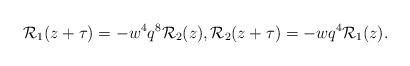
LaTeX: \begin{align*}\mathcal{R}_1 (z+\tau)=-w^4q^8\mathcal{R}_2(z), \mathcal{R}_2 (z+\tau)=-wq^4\mathcal{R}_1(z).\end{align*}